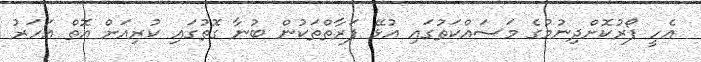
އެހީ ފޯރުކޮށްދިނުމުގެ މަސައްކަތުގައި އުޅޭ ފަރާތްތަކުން ބުނާ ގޮތުގައި ކުރިއަށް އޮތް އަހަރު